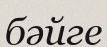
бәйге